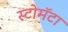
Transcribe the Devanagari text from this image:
स्टोमॅटा